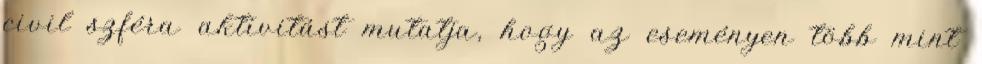
civil szféra aktivitást mutatja, hogy az eseményen több mint